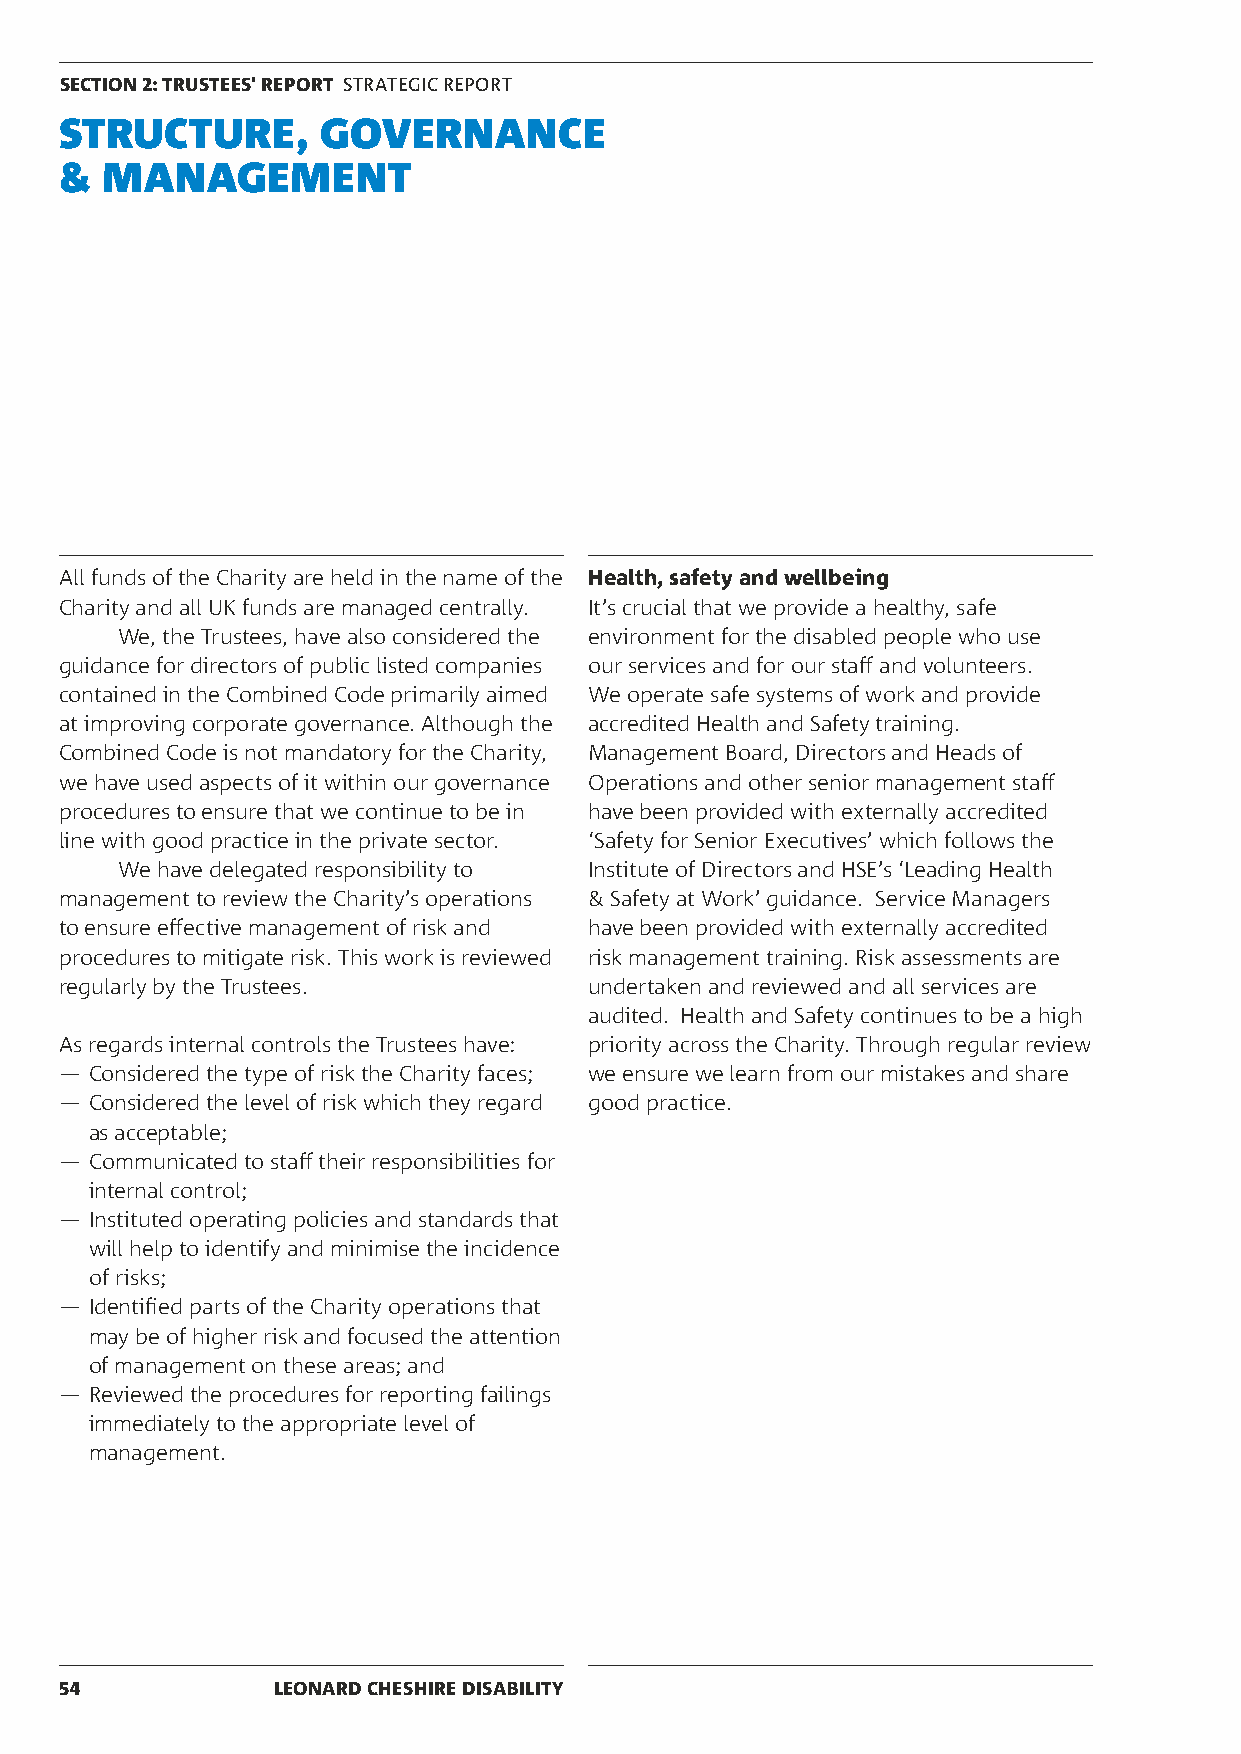
SECTION 2: TRUSTEES' REPORT STRATEGIC REPORT
 STRUCTURE,       GOVERNANCE
 &  MANAGEMENT
 All funds of the Charity are held in the name of the Health, safety and wellbeing
 Charity and all UK funds are managed centrally. It’s crucial that we provide a healthy, safe
 We, the Trustees, have also considered the environment for the disabled people who use
 guidance for directors of public listed companies our services and for our staff and volunteers.
 contained in the Combined Code primarily aimed We operate safe systems of work and provide
 at improving corporate governance. Although the accredited Health and Safety training.
 Combined Code is not mandatory for the Charity, Management Board, Directors and Heads of
 we have used aspects of it within our governance Operations and other senior management staff
 procedures to ensure that we continue to be in have been provided with externally accredited
 line with good practice in the private sector. ‘Safety for Senior Executives’ which follows the
 We have delegated responsibility to Institute of Directors and HSE’s ‘Leading Health
 management to review the Charity’s operations & Safety at Work’ guidance. Service Managers
 to ensure effective management of risk and have been provided with externally accredited
 procedures to mitigate risk. This work is reviewed risk management training. Risk assessments are
 regularly by the Trustees.         undertaken and reviewed and all services are
 audited. Health and Safety continues to be a high
 As regards internal controls the Trustees have: priority across the Charity. Through regular review
 ― Considered the type of risk the Charity faces; we ensure we learn from our mistakes and share
 ― Considered the level of risk which they regard good practice.
 as acceptable;
 ― Communicated to staff their responsibilities for
 internal control;
 ― Instituted operating policies and standards that
 will help to identify and minimise the incidence
 of risks;
 ― Identified parts of the Charity operations that
 may be of higher risk and focused the attention
 of management on these areas; and
 ― Reviewed the procedures for reporting failings
 immediately to the appropriate level of
 management.
 54            LEONARD CHESHIRE DISABILITY